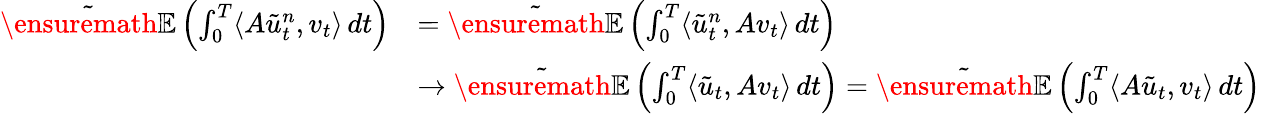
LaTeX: \begin{array}{rl}{\tilde{\ensuremath{{\mathbb E}}}\left(\int_{0}^{T}\langle A\tilde{u}_{t}^{n},v_{t}\rangle\, dt\right)}&{=\tilde{\ensuremath{{\mathbb E}}}\left(\int_{0}^{T}\langle\tilde{u}_{t}^{n},Av_{t}\rangle\, dt\right)}\\ &{\rightarrow\tilde{\ensuremath{{\mathbb E}}}\left(\int_{0}^{T}\langle\tilde{u}_{t},Av_{t}\rangle\, dt\right)=\tilde{\ensuremath{{\mathbb E}}}\left(\int_{0}^{T}\langle A\tilde{u}_{t},v_{t}\rangle\, dt\right)}\end{array}